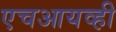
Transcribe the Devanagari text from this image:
एचआयव्ही